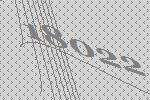
18022